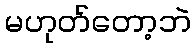
မဟုတ်တော့ဘဲ